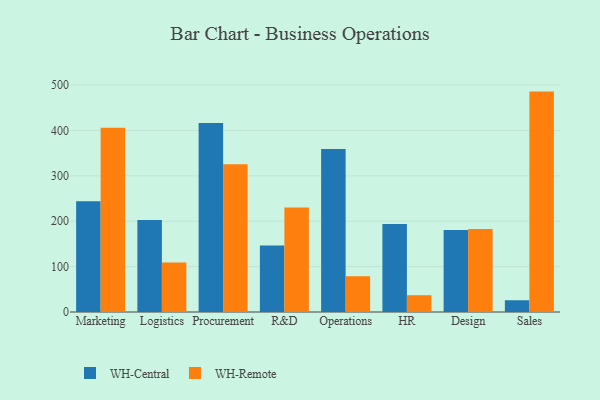
{"axis": {"x": "Department", "y": "Market Share (%)"}, "legend": ["WH-Central", "WH-Remote"], "data": [{"x": "Marketing", "y": 243.8, "type": "WH-Central"}, {"x": "Marketing", "y": 406.1, "type": "WH-Remote"}, {"x": "Logistics", "y": 202.7, "type": "WH-Central"}, {"x": "Logistics", "y": 109.2, "type": "WH-Remote"}, {"x": "Procurement", "y": 416.3, "type": "WH-Central"}, {"x": "Procurement", "y": 325.8, "type": "WH-Remote"}, {"x": "R&D", "y": 146.4, "type": "WH-Central"}, {"x": "R&D", "y": 230.2, "type": "WH-Remote"}, {"x": "Operations", "y": 359.1, "type": "WH-Central"}, {"x": "Operations", "y": 78.8, "type": "WH-Remote"}, {"x": "HR", "y": 194.1, "type": "WH-Central"}, {"x": "HR", "y": 37.0, "type": "WH-Remote"}, {"x": "Design", "y": 180.6, "type": "WH-Central"}, {"x": "Design", "y": 182.7, "type": "WH-Remote"}, {"x": "Sales", "y": 25.9, "type": "WH-Central"}, {"x": "Sales", "y": 485.6, "type": "WH-Remote"}]}